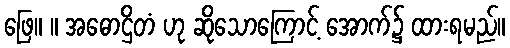
ဖြေ။ ။ အဓောဌိတံ ဟု ဆိုသောကြောင့် အောက်၌ ထားရမည်။